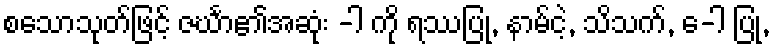
စသောသုတ်ဖြင့် ဇင်္ဃာ၏အဆုံး -ါ ကို ရဿပြု, နာမ်ငဲ့, သိသက်, ေ-ါ ပြု,